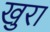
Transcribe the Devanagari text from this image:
खुरा